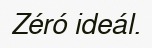
Zéró ideál.